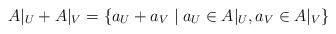
LaTeX: \begin{align*} A|_U + A|_V = \{a_U + a_V \mid a_U \in A|_U, a_V \in A|_V\} \end{align*}